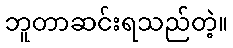
ဘူတာဆင်းရသည်တဲ့။